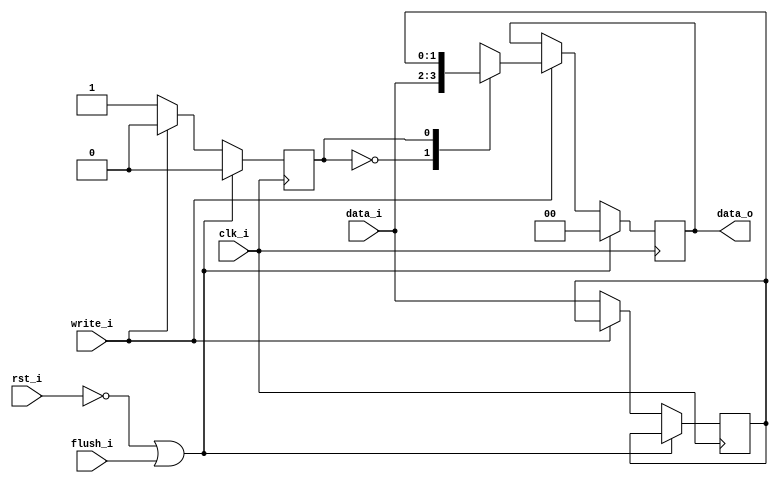
//Subject:     CO project 4 - Pipe Register
//--------------------------------------------------------------------------------
//Version:     1
//--------------------------------------------------------------------------------
//Writer:      0416038 _0416326 t
//----------------------------------------------
//Date:        
//----------------------------------------------
//Description: 
//--------------------------------------------------------------------------------
module Pipe_Reg(
   clk_i,
	rst_i,
	write_i,
	flush_i,
	data_i,
	data_o
	);

parameter size = 0;

input					clk_i;		  
input					rst_i;
input					write_i;
input					flush_i;
input	[size-1: 0]	data_i;
output reg	[size-1: 0]	data_o;

reg 					flag;
reg [size-1:0]		store;

always @(posedge clk_i) begin
	if(~rst_i || flush_i) begin
		data_o <= 0;
		flag <= 1'd0;
	end
	else if (write_i) begin
		case (flag)
			1'd0:
				data_o <= data_i;	
			1'd1: begin
				flag <= 1'd0;
				data_o <= store;
			end
		endcase
	end
	
	else if (!write_i) begin
		flag	 <= 1'd1;
		store  <= data_i;
		data_o <= data_o;
	end
end

endmodule